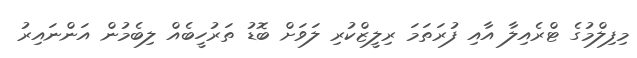
މިފިލްމުގެ ޓްރެއިލާ އާއި ފުރަތަމަ ރިލީޒްކުރި ލަވަށް ބޮޑު ތަރުހީބެއް ލިބެމުން އަންނައިރު